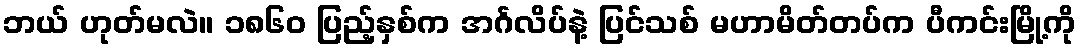
ဘယ် ဟုတ်မလဲ။ ၁၈၆၀ ပြည့်နှစ်က အင်္ဂလိပ်နဲ့ ပြင်သစ် မဟာမိတ်တပ်က ပီကင်းမြို့ကို